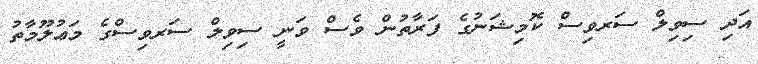
އަދި ސިވިލް ސަރވިސް ކޮމިޝަނުގެ ފަރާތުން ވެސް ވަނީ ސިވިލް ސަރވިސްގެ މަޢުލޫމާތު